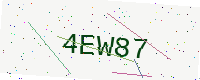
Text: 4EW87